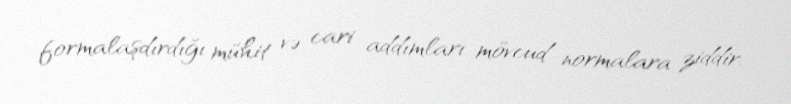
formalaşdırdığı mühit və cari addımları mövcud normalara ziddir.